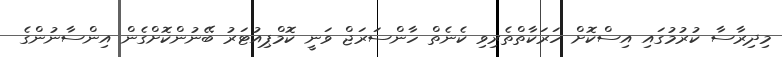
މިދިރާސާ ކުރުމުގައި އިސްކޮށް ހަރަކާތްތެރިވި ކެނެތް ހާންސަރަޖް ވަނީ ކޮމްޕިއުޓަރު ބޭނުންކޮށްގެން އިންސާނުންގެ